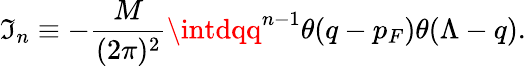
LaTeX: \mathfrak{I}_{n}\equiv-\frac{{M}}{{(2\pi)^{2}}}\intdqq^{n-1}\theta(q-p_{F})\theta(\Lambda-q).